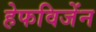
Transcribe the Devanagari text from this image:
हेफविजेंन